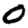
Digit: 0